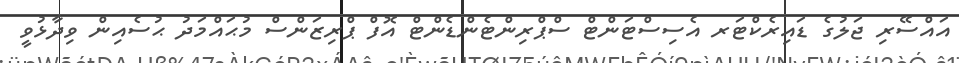
އައްސޭރި ޖަލުގެ ޑައިރެކްޓަރ އެސިސްޓަންޓް ސްޕްރިންޓެންޑެންޓް އޮފް ޕްރިޒަންސް މުޙައްމަދު ޙުސެއިން ވިދާޅުވީ